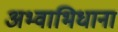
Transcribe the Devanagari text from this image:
अभ्वाभिधाना